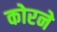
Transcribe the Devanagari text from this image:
कोरने